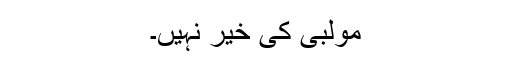
مولبی کی خیر نہیں۔